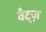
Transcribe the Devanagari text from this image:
वैट्ज़